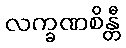
လက္ခဏစိန္တီ